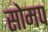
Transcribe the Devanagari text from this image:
सोमप